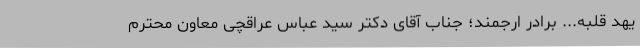
یهد قلبه... برادر ارجمند؛ جناب آقای دکتر سید عباس عراقچی معاون محترم